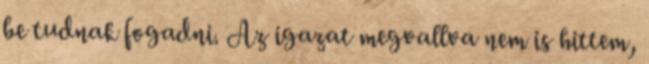
be tudnak fogadni. Az igazat megvallva nem is hittem,